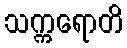
သက္ကရောတိ